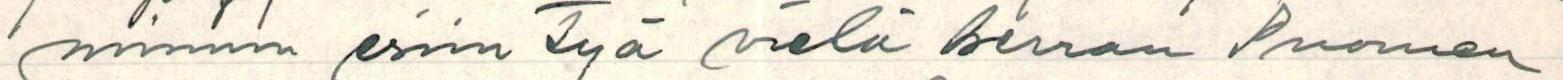
minun esiintyä vielä kerran Suomen